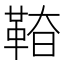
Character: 𩊵